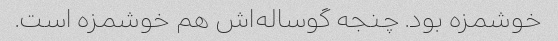
خوشمزه بود. چنجه گوساله‌اش هم خوشمزه است.